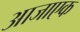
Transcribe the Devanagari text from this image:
आजाएक